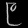
Digit: ၉